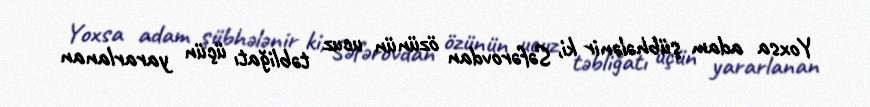
Yoxsa adam şübhələnir ki, Səfərovdan özünün ucuz təbliğatı üçün yararlanan